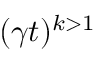
( \gamma t ) ^ { k > 1 }